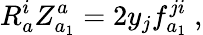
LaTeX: R_{a}^{i}Z_{a_{1}}^{a}=2y_{j}f_{a_{1}}^{ji}\ ,